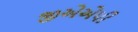
જીએએપી